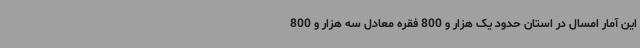
این آمار امسال در استان حدود یک هزار و 800 فقره معادل سه هزار و 800